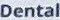
Dental